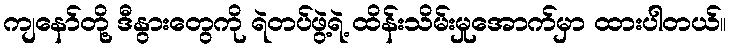
ကျနော်တို့ ဒီနွားတွေကို ရဲတပ်ဖွဲ့ရဲ့ ထိန်းသိမ်းမှုအောက်မှာ ထားပါတယ်။